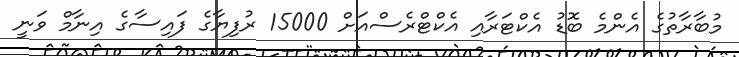
މުބާރާތުގެ އެންމެ ބޮޑު އެކްޓަރާއި އެކްޓްރެސްއަށް 15000 ރުފިޔާގެ ފައިސާގެ އިނާމް ވަނީ